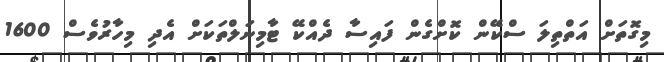
މިގޮތަށް އަތްތިލަ ސްކޭން ކޮށްގެން ފައިސާ ދެއްކޭ ޓާމިނަލްތަކަށް އެދި މިހާރުވެސް 1600